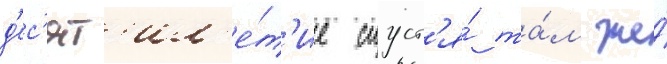
д'ес'ят'ил'е́т'ие спуст'я́ та́м же́